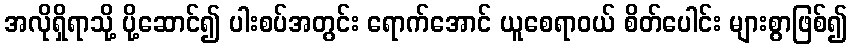
အလိုရှိရာသို့ ပို့ဆောင်၍ ပါးစပ်အတွင်း ရောက်အောင် ယူစေရာဝယ် စိတ်ပေါင်း များစွာဖြစ်၍